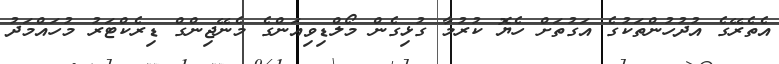
އެތެރޭގެ އުދުހުންތަކުގެ އަގުތަށް ހެޔޮ ކުރުމާ ގުޅިގެން މޯލްޑިވިއަންގެ މެނޭޖިންގް ޑިރެކްޓަރު މުހައްމަދު